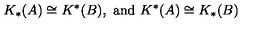
K _ { * } ( A ) \cong K ^ { * } ( B ) , \ \mathrm { a n d } \ K ^ { * } ( A ) \cong K _ { * } ( B )